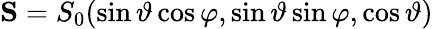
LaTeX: \mathbf{S}=S_{0}(\sin\vartheta\cos\varphi,\sin\vartheta\sin\varphi,\cos\vartheta)